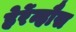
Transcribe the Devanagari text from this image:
हेर्रेन्हौस